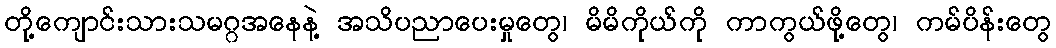
တို့ကျောင်းသားသမဂ္ဂအနေနဲ့ အသိပညာပေးမှုတွေ၊ မိမိကိုယ်ကို ကာကွယ်ဖို့တွေ၊ ကမ်ပိန်းတွေ